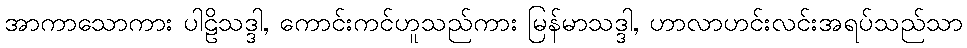
အာကာသောကား ပါဠိသဒ္ဒါ, ကောင်းကင်ဟူသည်ကား မြန်မာသဒ္ဒါ, ဟာလာဟင်းလင်းအရပ်သည်သာ